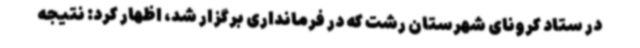
در ستاد کرونای شهرستان رشت که در فرمانداری برگزار شد، اظهار کرد: نتیجه